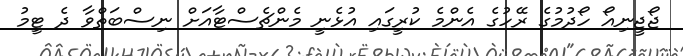
ޖޯޖީނިއޯ ހޯދުމުގެ ރޭހުގެ އެންމެ ކުރީގައި އުޅެނީ މެންޗެސްޓާއަށް ނިސްބަތްވާ ދެ ޓީމު